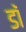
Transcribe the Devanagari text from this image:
डॉं